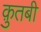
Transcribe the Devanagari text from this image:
क़ुतबी